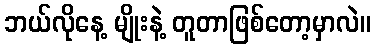
ဘယ်လိုနေ့ မျိုးနဲ့ တူတာဖြစ်တော့မှာလဲ။